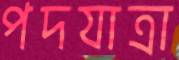
পদযাত্রা